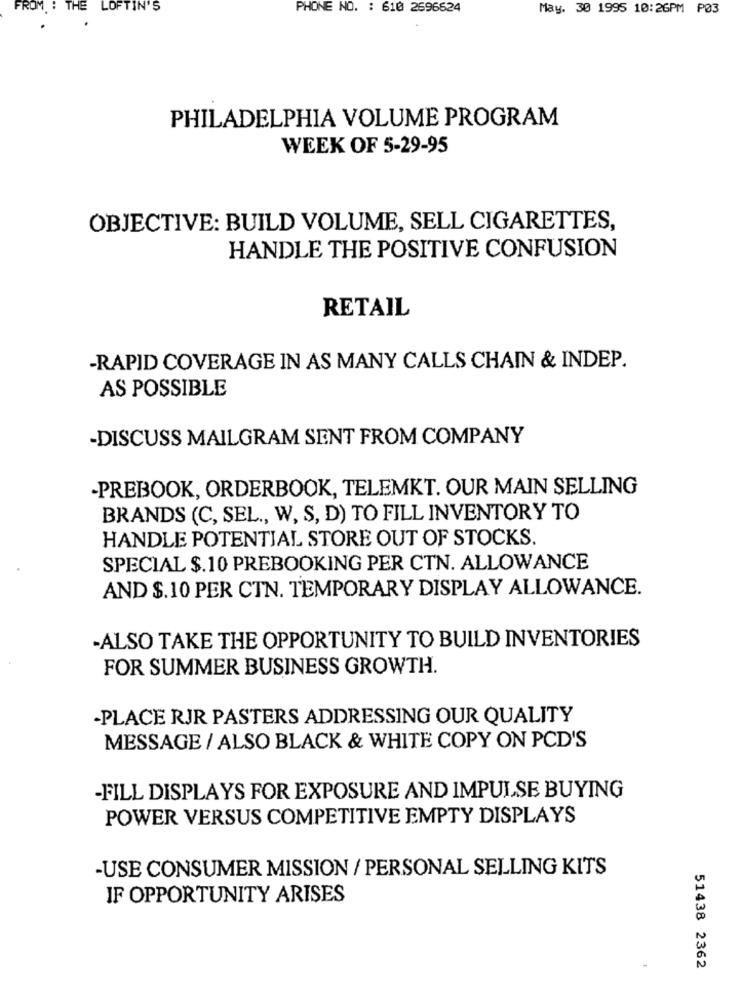
FROM : THE
LOFT
N'S
PHONE NO. : 610 2696624
May. 30 1995 10:26PM P03
PHILADELPHIA VOLUME PROGRAM
WEEK OF 5-29-95
OBJECTIVE: BUILD VOLUME, SELL CIGARETTES,
HANDLE THE POSITIVE CONFUSION
RETAIL
-RAPID COVERAGE IN AS MANY CALLS CHAIN & INDEP.
AS POSSIBLE
-DISCUSS MAILGRAM SENT FROM COMPANY
-PREBOOK, ORDERBOOK, TELEMKT. OUR MAIN SELLING
BRANDS (C, SEL ., W, S, D) TO FILL INVENTORY TO
HANDLE POTENTIAL STORE OUT OF STOCKS.
SPECIAL $.10 PREBOOKING PER CTN. ALLOWANCE
AND $.10 PER CTN. TEMPORARY DISPLAY ALLOWANCE.
-ALSO TAKE THE OPPORTUNITY TO BUILD INVENTORIES
FOR SUMMER BUSINESS GROWTH.
-PLACE RJR PASTERS ADDRESSING OUR QUALITY
MESSAGE / ALSO BLACK & WHITE COPY ON PCD'S
-FILL DISPLAYS FOR EXPOSURE AND IMPULSE BUYING
POWER VERSUS COMPETITIVE EMPTY DISPLAYS
-USE CONSUMER MISSION / PERSONAL SELLING KITS
IF OPPORTUNITY ARISES
51438 2362